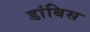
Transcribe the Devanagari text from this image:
डांबिस